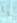
يا